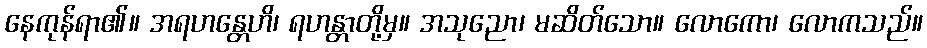
နေကုန်ရာ၏။ အရဟန္တေဟိ၊ ရဟန္တာတို့မှ။ အသုညော၊ မဆိတ်သော။ လောကော၊ လောကသည်။